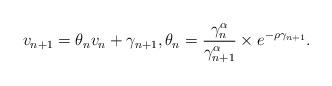
LaTeX: \begin{align*}v_{n+1}=\theta _{n}v_{n}+\gamma _{n+1},\theta _{n}=\frac{\gamma_{n}^{\alpha }}{\gamma _{n+1}^{\alpha }}\times e^{-\rho \gamma _{n+1}}.\end{align*}